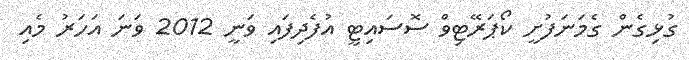
ގުޅިގެން ގެމަނަފުށީ ކޯޕަރޭޓިވް ސޮސައިޓީ އުފެދިފައި ވަނީ 2012 ވަނަ އަހަރު މެއި